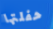
حفلتها